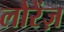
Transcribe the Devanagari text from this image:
लौरेंज़